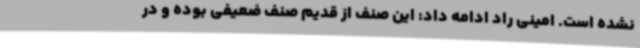
نشده است. امینی راد ادامه داد: این صنف از قدیم صنف ضعیفی بوده و در